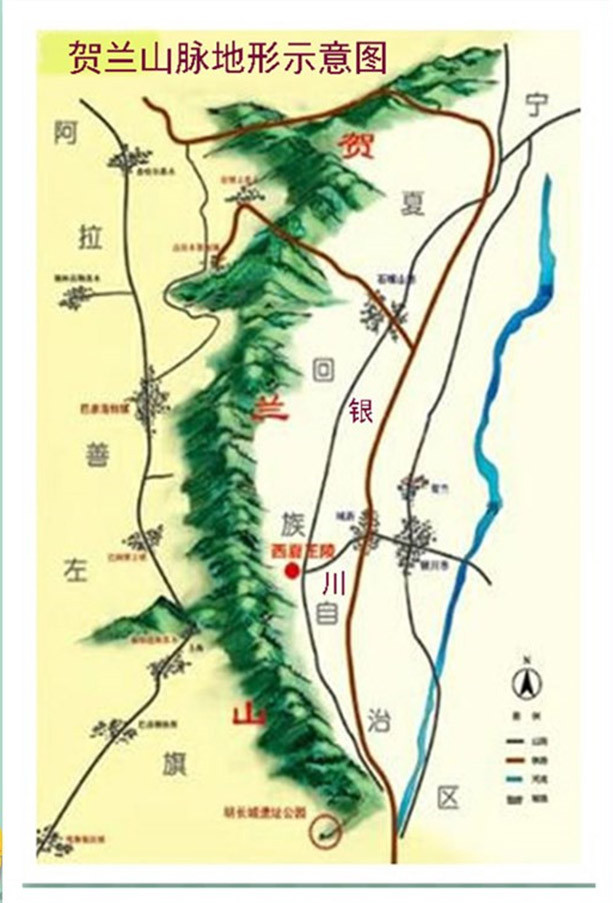
臣子恨，何时灭！驾长车，踏破贺兰山缺。